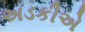
અડકીએ